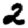
Digit: 2